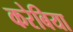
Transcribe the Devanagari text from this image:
करेबिया